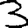
Digit: 3